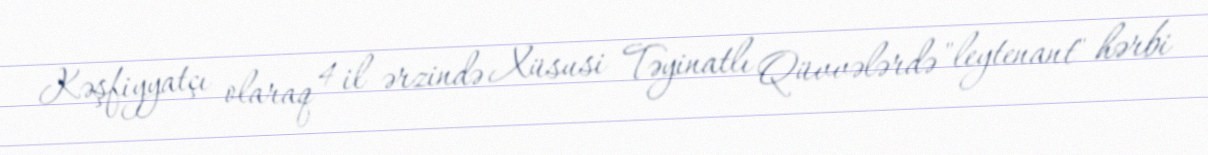
Kəşfiyyatçı olaraq 4 il ərzində Xüsusi Təyinatlı Qüvvələrdə "leytenant" hərbi